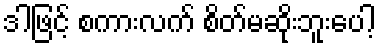
ဒါဖြင့် စကားလက် စိတ်မဆိုးဘူးပေါ့